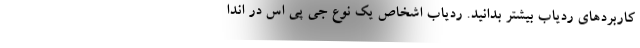
کاربردهای ردیاب بیشتر بدانید. ردیاب اشخاص یک نوع جی پی اس در اندا